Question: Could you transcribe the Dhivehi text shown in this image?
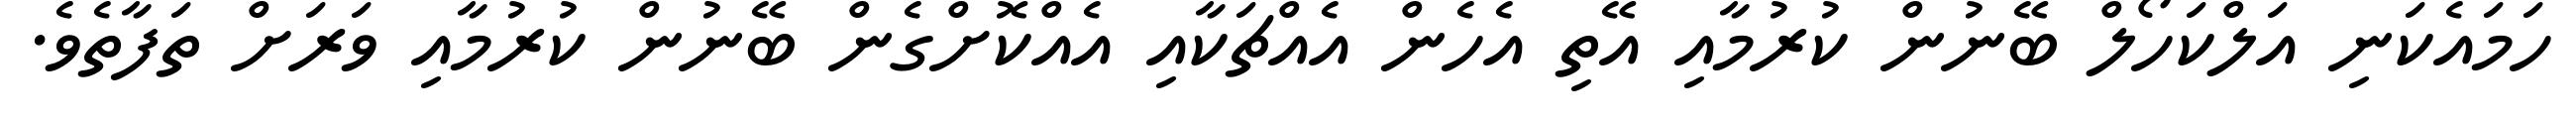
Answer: ހަމައެކަނި އަލްކަހޯލް ބޭނުން ކުރުމާއި އޭތި އެހެން އެއްޗަކާއި އެއްކޮށްގެން ބޭނުން ކުރުމާއި ވަރަށް ތަފާތެވެ.